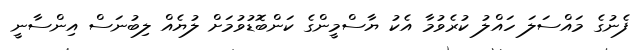
ފެނުގެ މައްސަލަ ހައްލު ކުރެވުމާ އެކު ޔާސްމީންގެ ކަންބޮޑުވުމަށް ލުޔެއް ލިބުނަސް އިންސާނީ